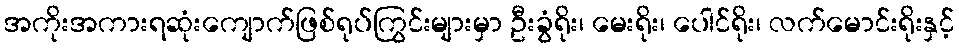
အကိုးအကားရဆုံးကျောက်ဖြစ်ရုပ်ကြွင်းများမှာ ဦးခွံရိုး၊ မေးရိုး၊ ပေါင်ရိုး၊ လက်မောင်းရိုးနှင့်